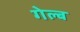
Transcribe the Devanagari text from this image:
गेल्ब